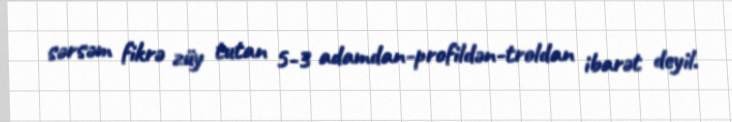
sərsəm fikrə züy tutan 5-3 adamdan-profildən-troldan ibarət deyil.